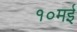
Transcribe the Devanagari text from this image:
१०मई